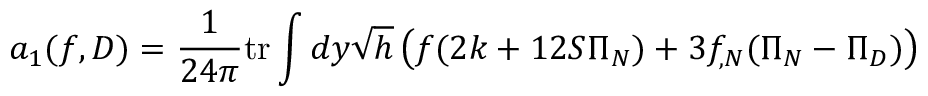
a _ { 1 } ( f , D ) = \frac 1 { 2 4 \pi } \mathrm { t r } \int d y \sqrt { h } \left( f ( 2 k + 1 2 { \cal S } \Pi _ { N } ) + 3 f _ { , N } ( \Pi _ { N } - \Pi _ { D } ) \right)